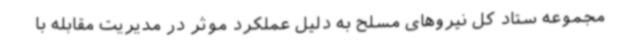
مجموعه ستاد کل نیروهای مسلح به دلیل عملکرد موثر در مدیریت مقابله با